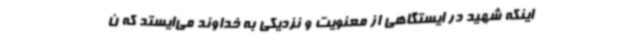
اینکه شهید در ایستگاهی از معنویت و نزدیکی به خداوند می‌ایستد که ن